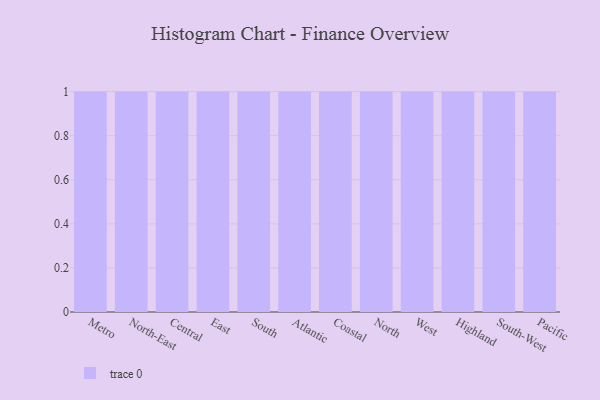
{"axis": {"x": "Region", "y": "Page Views"}, "legend": [""], "data": [{"x": "Metro", "y": 14, "type": ""}, {"x": "North-East", "y": 14, "type": ""}, {"x": "Central", "y": 79, "type": ""}, {"x": "East", "y": 88, "type": ""}, {"x": "South", "y": 43, "type": ""}, {"x": "Atlantic", "y": 57, "type": ""}, {"x": "Coastal", "y": 81, "type": ""}, {"x": "North", "y": 42, "type": ""}, {"x": "West", "y": 24, "type": ""}, {"x": "Highland", "y": 34, "type": ""}, {"x": "South-West", "y": 97, "type": ""}, {"x": "Pacific", "y": 97, "type": ""}]}